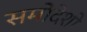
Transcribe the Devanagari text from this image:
समोदेशो